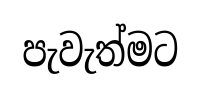
පැවැත්මට